Leaving Certificate, 1896
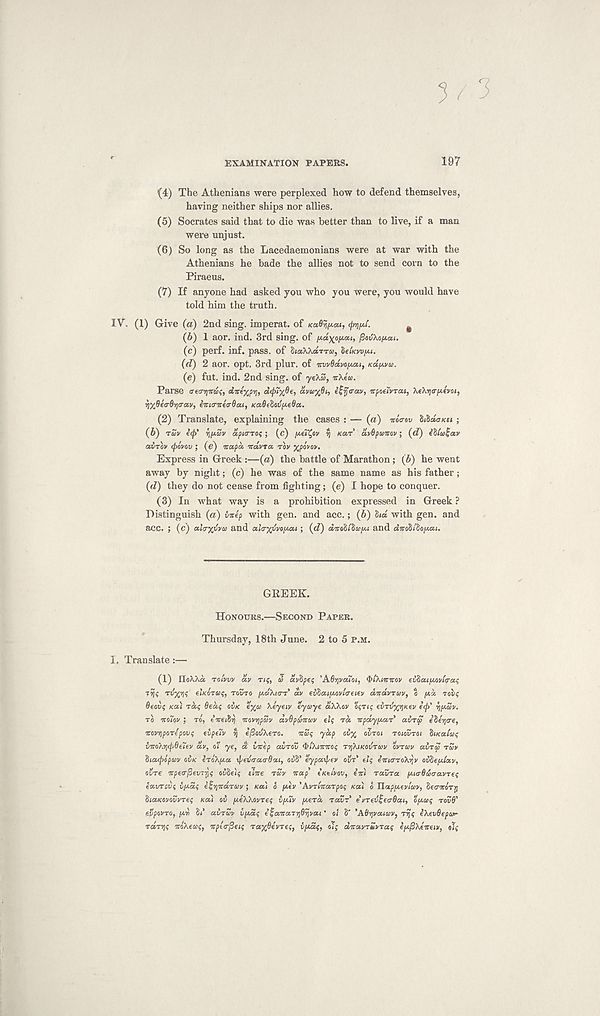
EXAMINATION PAPERS.
197
(4) The Athenians were perplexed how to defend themselves,
having neither ships nor allies.
(5) Socrates said that to die was better than to live, if a man
were unjust.
(6) So long as the Lacedaemonians were at war with the
Athenians he bade the allies not to send corn to the
Piraeus.
(7) If anyone had asked you who you were, you would have
told him the truth.
IV. (1) Give (a) 2nd sing, imperat. of KaOyf/.at, (jrript.
^
(b) 1 aor. ind. 3rd sing, of payopoit, fiavkafAcu.
(c) perf. inf. pass, of StaXXaTTM, SeiKw/At.
(d) 2 aor. opt. 3rd plur. of mvOdvoiAcu, Kay.™.
(e) fut. ind. 2nd sing, of yeXS, icXea.
Parse ereo-ijirtaj, direypy, dfjuy'Oe, avayfit,
irpoeiVTCct, XeXijo-jwevoi,
iy/flea-Bya-av, iicurneo-Ocu, KaBefiovyeOa.
(2) Translate, explaining the cases : — (a) noo-ov MdaKei ;
(b) rSv i(p’ fjyZv dpurroi; (c) ytTCfiv yj KCIT avOpumv; (rf)
avrov (povov ; (e) itctpd, xdvra. TOV ypovov.
Express in Greek :—(a) the battle of Marathon; (b) he went
away by night; (c) he was of the same name as his father;
(rZ) they do not cease from fighting; (e) I hope to conquer.
(3) In what way is a prohibition expressed in Greek ?
Distinguish (a) tvep with gen. and acc.; (6) hd with gen. and
acc. ; (c) ahryvvoi and ala'/yvoycu ; (cZ) dnobilayi and dwobl'boya.i.
GREEK.
HONOURS.—SECOND PAPER.
Thursday, 18th June. 2 to 5 P.M.
I. Translate:—
(1) IIoAXa TOIVVV dv T»?, U dyfipes ’ASyvouoi, QflXiirirov evlaiyovfaa$
' r ’J? TVX’OS eiKOTUs, TOVTO ydkirTz’ dv €vhouywl<T€itv dyrdvruv, o yd rot?
6eov<; KOU rd<; Beds OVK eyo Xeyeiv eycoye aXkov o?T(? eirvyriKev e(p' vjySv.
TO icolov ; TO, iiceibri novvjpav avBpuiccov ei$ rd itpdyya.T avrS e’Seijo-e,
itovvipoTepovi; tvpeTv q eftovXeTo.
orSj ydp ovy OVTOI TOIOVTOI tiiKalai;
VTCo}.yj(p6(t(v dv, of ye, d ivep avrov ^tAjororo? TyjkiKOVTtcv ovrav aira TUV
hiaupopeiv OVK eroXyoc xpeyrrcca-dcu, oi)8’ eypaipev OUT' tlq iiricrToX-qv ovleyiotv,
OZT€ Ttpea-^euTry ovbe'iq tine TSV nap tKt/vov, in) TavTa yitrOaaavTeq
eavrovq vydq efvjTraray ; Ka\ o yev 'AVTinanpoq Ka) o Tlapyevloiv, Seo-oro'rp
'biaKOvovvTeq Ka) oi yeWovneq vyiv yend TOUT e VTeutqeaBai, oyuq TOV6'
evpovTO, yri hi ainZy vydq e^anaT-njOyjvai’ o! 8' 'Adqvaicov, T-qq iXevBepo*-
TaTt\q noXeaq, npt<r(3eiq Tayfievneq, vydq, olq dnavTuvnaq ey/3Xeneiv, ojq